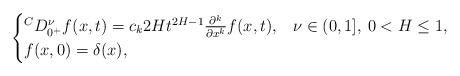
LaTeX: \begin{align*} \begin{cases} {}^C D_{0^+}^\nu f(x,t) = c_k2Ht^{2H-1} \frac{\partial^k}{\partial x^k} f(x,t), & \nu \in (0,1], \: 0 <H \leq 1,\\ f(x,0)=\delta(x), \\ \end{cases} \end{align*}